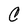
Character: C